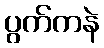
ပွက်ကနဲ